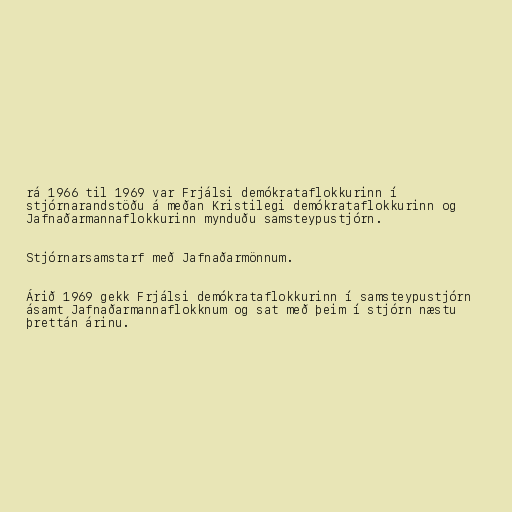
rá 1966 til 1969 var Frjálsi demókrataflokkurinn í
stjórnarandstöðu á meðan Kristilegi demókrataflokkurinn og
Jafnaðarmannaflokkurinn mynduðu samsteypustjórn.

Stjórnarsamstarf með Jafnaðarmönnum.

Árið 1969 gekk Frjálsi demókrataflokkurinn í samsteypustjórn
ásamt Jafnaðarmannaflokknum og sat með þeim í stjórn næstu
þrettán árinu.